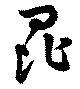
昆